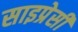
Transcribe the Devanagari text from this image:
साइप्रेसी